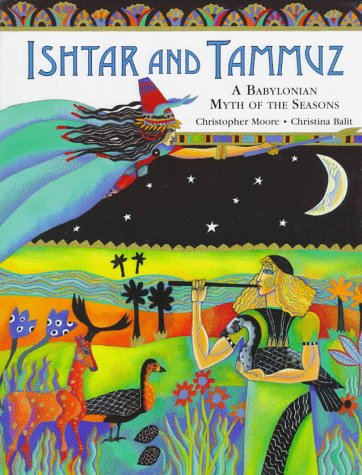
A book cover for Ishtar and Tammuz: A Babylonian Myth of the Seasons; Christopher J. Moore; Children's Books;